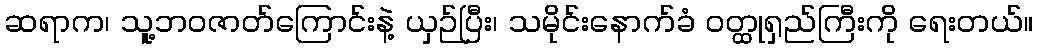
ဆရာက၊ သူ့ဘဝဇာတ်ကြောင်းနဲ့ ယှဉ်ပြီး၊ သမိုင်းနောက်ခံ ဝတ္ထုရှည်ကြီးကို ရေးတယ်။